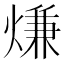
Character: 熑